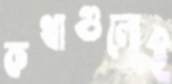
কথাগুলোই